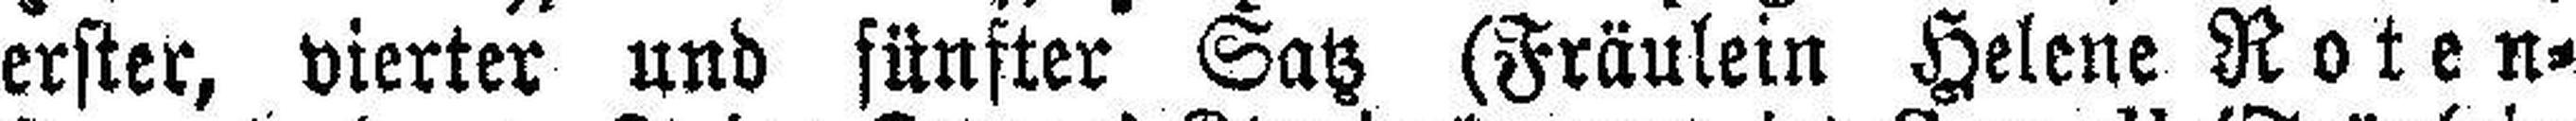
erster, vierter und fünfter Satz (Fräulein Helene Roten¬